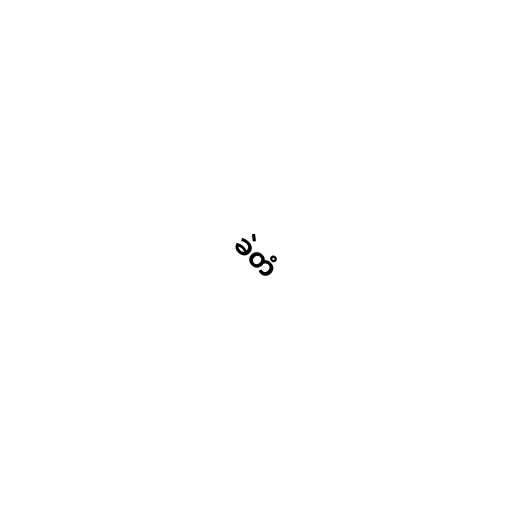
ခဲတံ